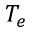
T _ { e }